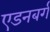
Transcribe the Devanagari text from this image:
एडनबर्ग